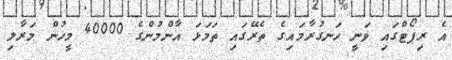
އެ ރިޕޯޓްގައި ވަނީ ހަނގުރާމައިގެ ތެރޭގައި ތަމަޅަ އާންމުންގެ 40000 މީހުން މަރާލި